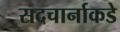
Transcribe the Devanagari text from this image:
सदचार्नाकडे